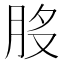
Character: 𦚂